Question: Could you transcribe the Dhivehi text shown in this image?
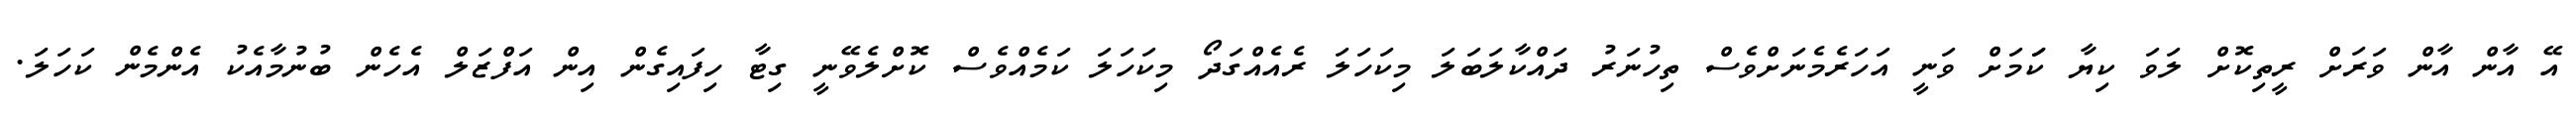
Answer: އޭ އާން އާން ވަރަށް ރީތިކޮށް ލަވަ ކިޔާ ކަަމަށް ވަނީ އަހަރެމެނަށްވެސް ތިހުނަރު ދައްކާލަބަލަ މިކަހަލަ ރެއެއްގަދޯ މިކަހަލަ ކަމެއްވެސް ކޮށްލެވޭނީ ގިޓާ ހިފައިގެން އިން އަފްޒަލް އެހެން ބުނުމާއެކު އެންމެން ކަހަލަ.